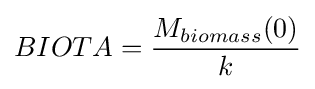
BIOTA={\frac {M_{biomass}(0)}{k}}